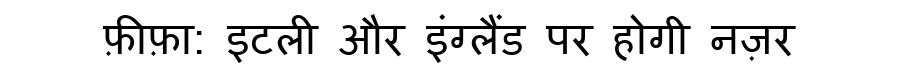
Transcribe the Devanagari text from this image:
फ़ीफ़ा: इटली और इंग्लैंड पर होगी नज़र